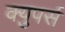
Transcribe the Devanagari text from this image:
क्युपर्स